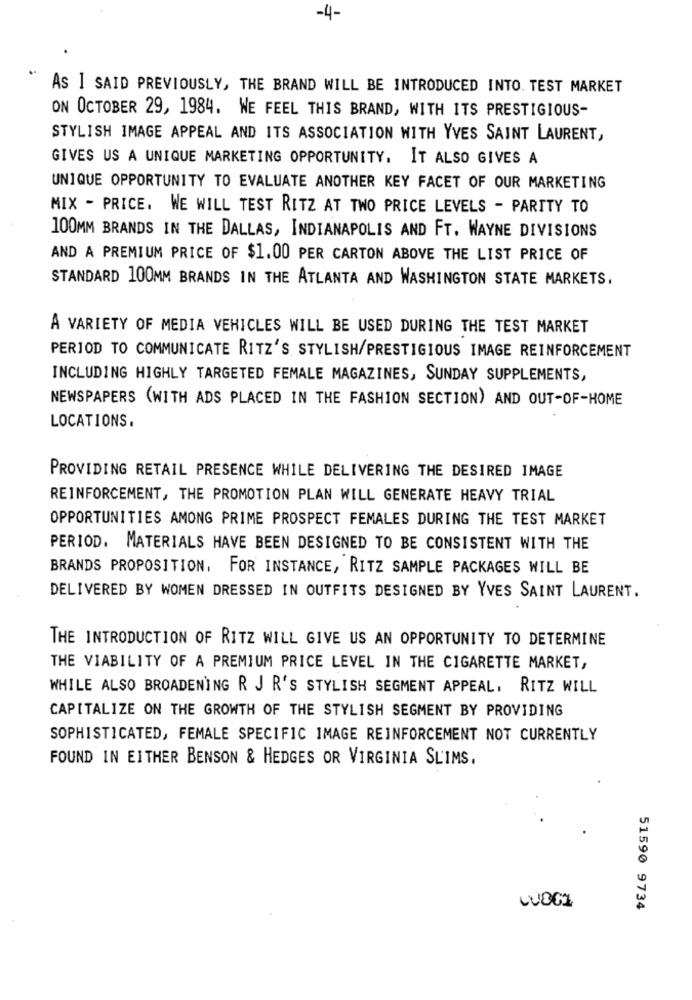
-4-
AS I SAID PREVIOUSLY, THE BRAND WILL BE INTRODUCED INTO. TEST MARKET
ON OCTOBER 29, 1984. WE FEEL THIS BRAND, WITH ITS PRESTIGIOUS-
STYLISH IMAGE APPEAL AND ITS ASSOCIATION WITH YVES SAINT LAURENT,
GIVES US A UNIQUE MARKETING OPPORTUNITY. IT ALSO GIVES A
UNIQUE OPPORTUNITY TO EVALUATE ANOTHER KEY FACET OF OUR MARKETING
MIX - PRICE. WE WILL TEST RITZ AT TWO PRICE LEVELS - PARITY TO
100MM BRANDS IN THE DALLAS, INDIANAPOLIS AND FT. WAYNE DIVISIONS
AND A PREMIUM PRICE OF $1.00 PER CARTON ABOVE THE LIST PRICE OF
STANDARD 100MM BRANDS IN THE ATLANTA AND WASHINGTON STATE MARKETS,
A VARIETY OF MEDIA VEHICLES WILL BE USED DURING THE TEST MARKET
PERIOD TO COMMUNICATE RITZ'S STYLISH/PRESTIGIOUS IMAGE REINFORCEMENT
INCLUDING HIGHLY TARGETED FEMALE MAGAZINES, SUNDAY SUPPLEMENTS,
NEWSPAPERS (WITH ADS PLACED IN THE FASHION SECTION) AND OUT-OF-HOME
LOCATIONS.
PROVIDING RETAIL PRESENCE WHILE DELIVERING THE DESIRED IMAGE
REINFORCEMENT, THE PROMOTION PLAN WILL GENERATE HEAVY TRIAL
OPPORTUNITIES AMONG PRIME PROSPECT FEMALES DURING THE TEST MARKET
PERIOD. MATERIALS HAVE BEEN DESIGNED TO BE CONSISTENT WITH THE
BRANDS PROPOSITION, FOR INSTANCE, RITZ SAMPLE PACKAGES WILL BE
DELIVERED BY WOMEN DRESSED IN OUTFITS DESIGNED BY YVES SAINT LAURENT.
THE INTRODUCTION OF RITZ WILL GIVE US AN OPPORTUNITY TO DETERMINE
THE VIABILITY OF A PREMIUM PRICE LEVEL IN THE CIGARETTE MARKET,
WHILE ALSO BROADENING R J R'S STYLISH SEGMENT APPEAL, RITZ WILL
CAPITALIZE ON THE GROWTH OF THE STYLISH SEGMENT BY PROVIDING
SOPHISTICATED, FEMALE SPECIFIC IMAGE REINFORCEMENT NOT CURRENTLY
FOUND IN EITHER BENSON & HEDGES OR VIRGINIA SLIMS.
COGI
51590 9734